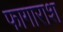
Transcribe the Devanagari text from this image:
फागाराश